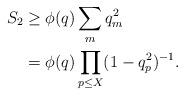
LaTeX: \begin{align*} S_2 & \geq \phi(q) \sum_m q_m^2\\& = \phi(q) \prod_{p\leq X} (1-q_p^2)^{-1}.\end{align*}